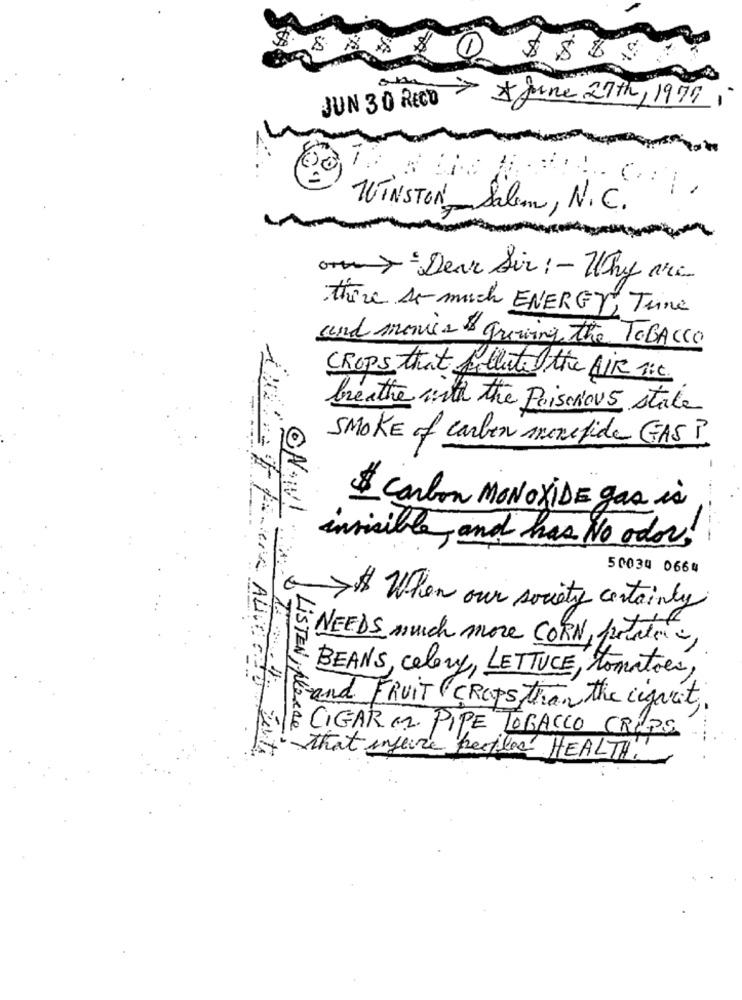
$
JUN 30 RECD * June 27th , 1979
WINSTON- Salem, N.C.
> -Dear Sir : - Why are
there so much ENERGY, Tune
and movies & growing the TOBACCO
CROPS that filleted the AIR nic.
breathe with the Poisonous state
SMOKE of carbon morefide GASP
$ Carbon MONOXIDE gas is
invisible, and has No odor!
50039 0664
When our society certainly
NEEDS much more CORN, pratic,
BEANS, colony, LETTUCE, tomatoes,
and FRUIT CROPS than the cigaret
È CIGAR (2. PIPE TOBACCO CRIPS.
LISTEN, please
that infevre heckler HEALTH.